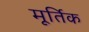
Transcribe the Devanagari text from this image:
मूर्तिक